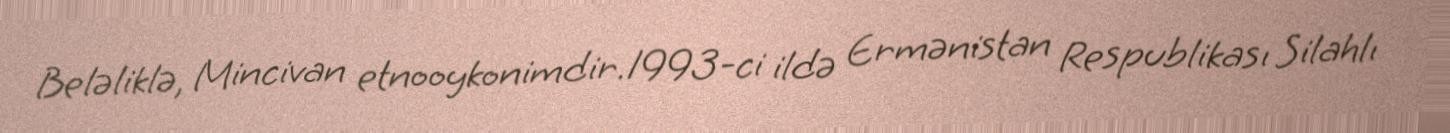
Beləliklə, Mincivan etnooykonimdir.1993-ci ildə Ermənistan Respublikası Silahlı